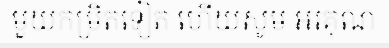
មួយកម្រិតទៀត ហើយសូម អរគុណ